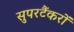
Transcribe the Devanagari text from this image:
सुपरटैंकरों